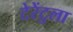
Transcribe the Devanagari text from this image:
टेरेंटुला